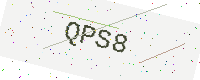
Text: QPS8